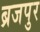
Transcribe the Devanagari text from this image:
ब्रजपुर